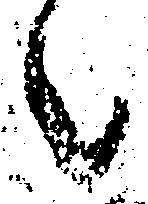
々